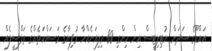
އައްޑޫގެ ސަދަން ޔުޓިލިޓީސް އިން ހިންގި 80 މިލިއަނެއްހާ ރުފިޔާގެ މަސައްކަތެއްގެ ތަފްސީލެއް